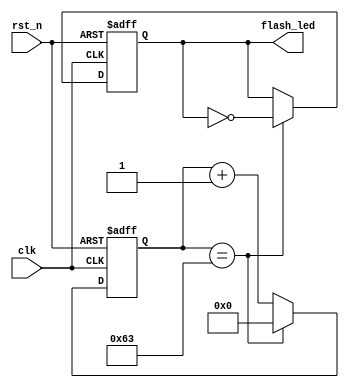
`timescale 1ns / 1ps
//////////////////////////////////////////////////////////////////////////////////
// Company: 
// Engineer: 
// 
// Design Name: 
// Module Name: flash_led
// Project Name: 
// Target Devices: 
// Tool Versions: 
// Description: 
// 
// Dependencies: 
// 
// Revision:
// Revision 0.01 - File Created
// Additional Comments:
// 
//////////////////////////////////////////////////////////////////////////////////


module flash_led(
    input clk,    //1ms peroid
    input rst_n,
    output reg flash_led  //the led signal
    );
    reg [6:0] cnt;
    always @(posedge clk, negedge rst_n) begin
        if(~rst_n)
        begin
            flash_led <= 1'b0;
            cnt <= 7'b0;
        end
        else if (cnt == 7'd99)
        begin
        cnt <= 7'b0;
        flash_led <= ~flash_led;
        end
        else begin
            cnt <= cnt + 7'b1;
        end
    end
    
endmodule